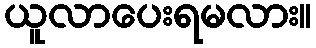
ယူလာပေးရမလား။